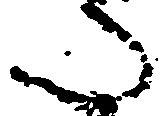
た